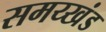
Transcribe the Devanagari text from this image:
समय्खंड